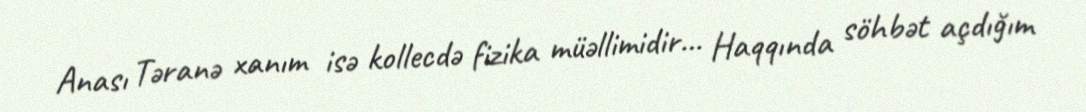
Anası Təranə xanım isə kollecdə fizika müəllimidir… Haqqında söhbət açdığım